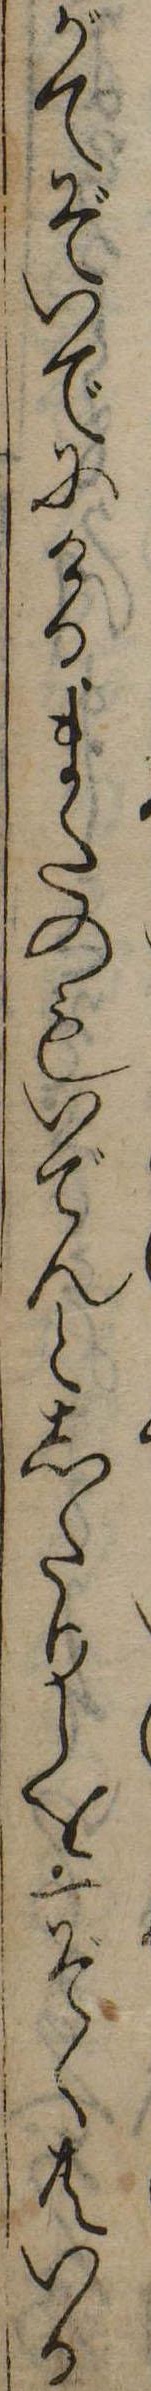
がてぞいでにけるまたのもいでんとしたりしを一ぞく共いか